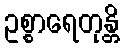
ဥစ္စာရေတုန္တိ